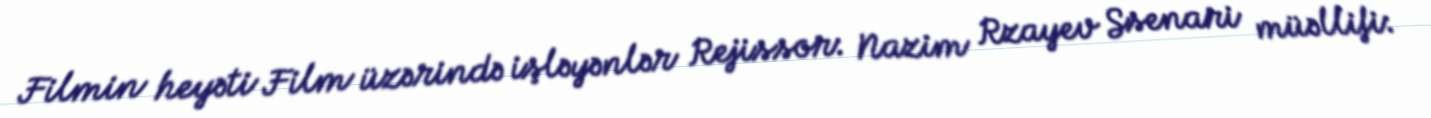
Filmin heyəti Film üzərində işləyənlər Rejissor: Nazim Rzayev Ssenari müəllifi: